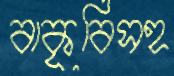
বাকৃবিসহ